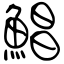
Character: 鯧